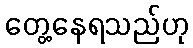
တွေ့နေရသည်ဟု